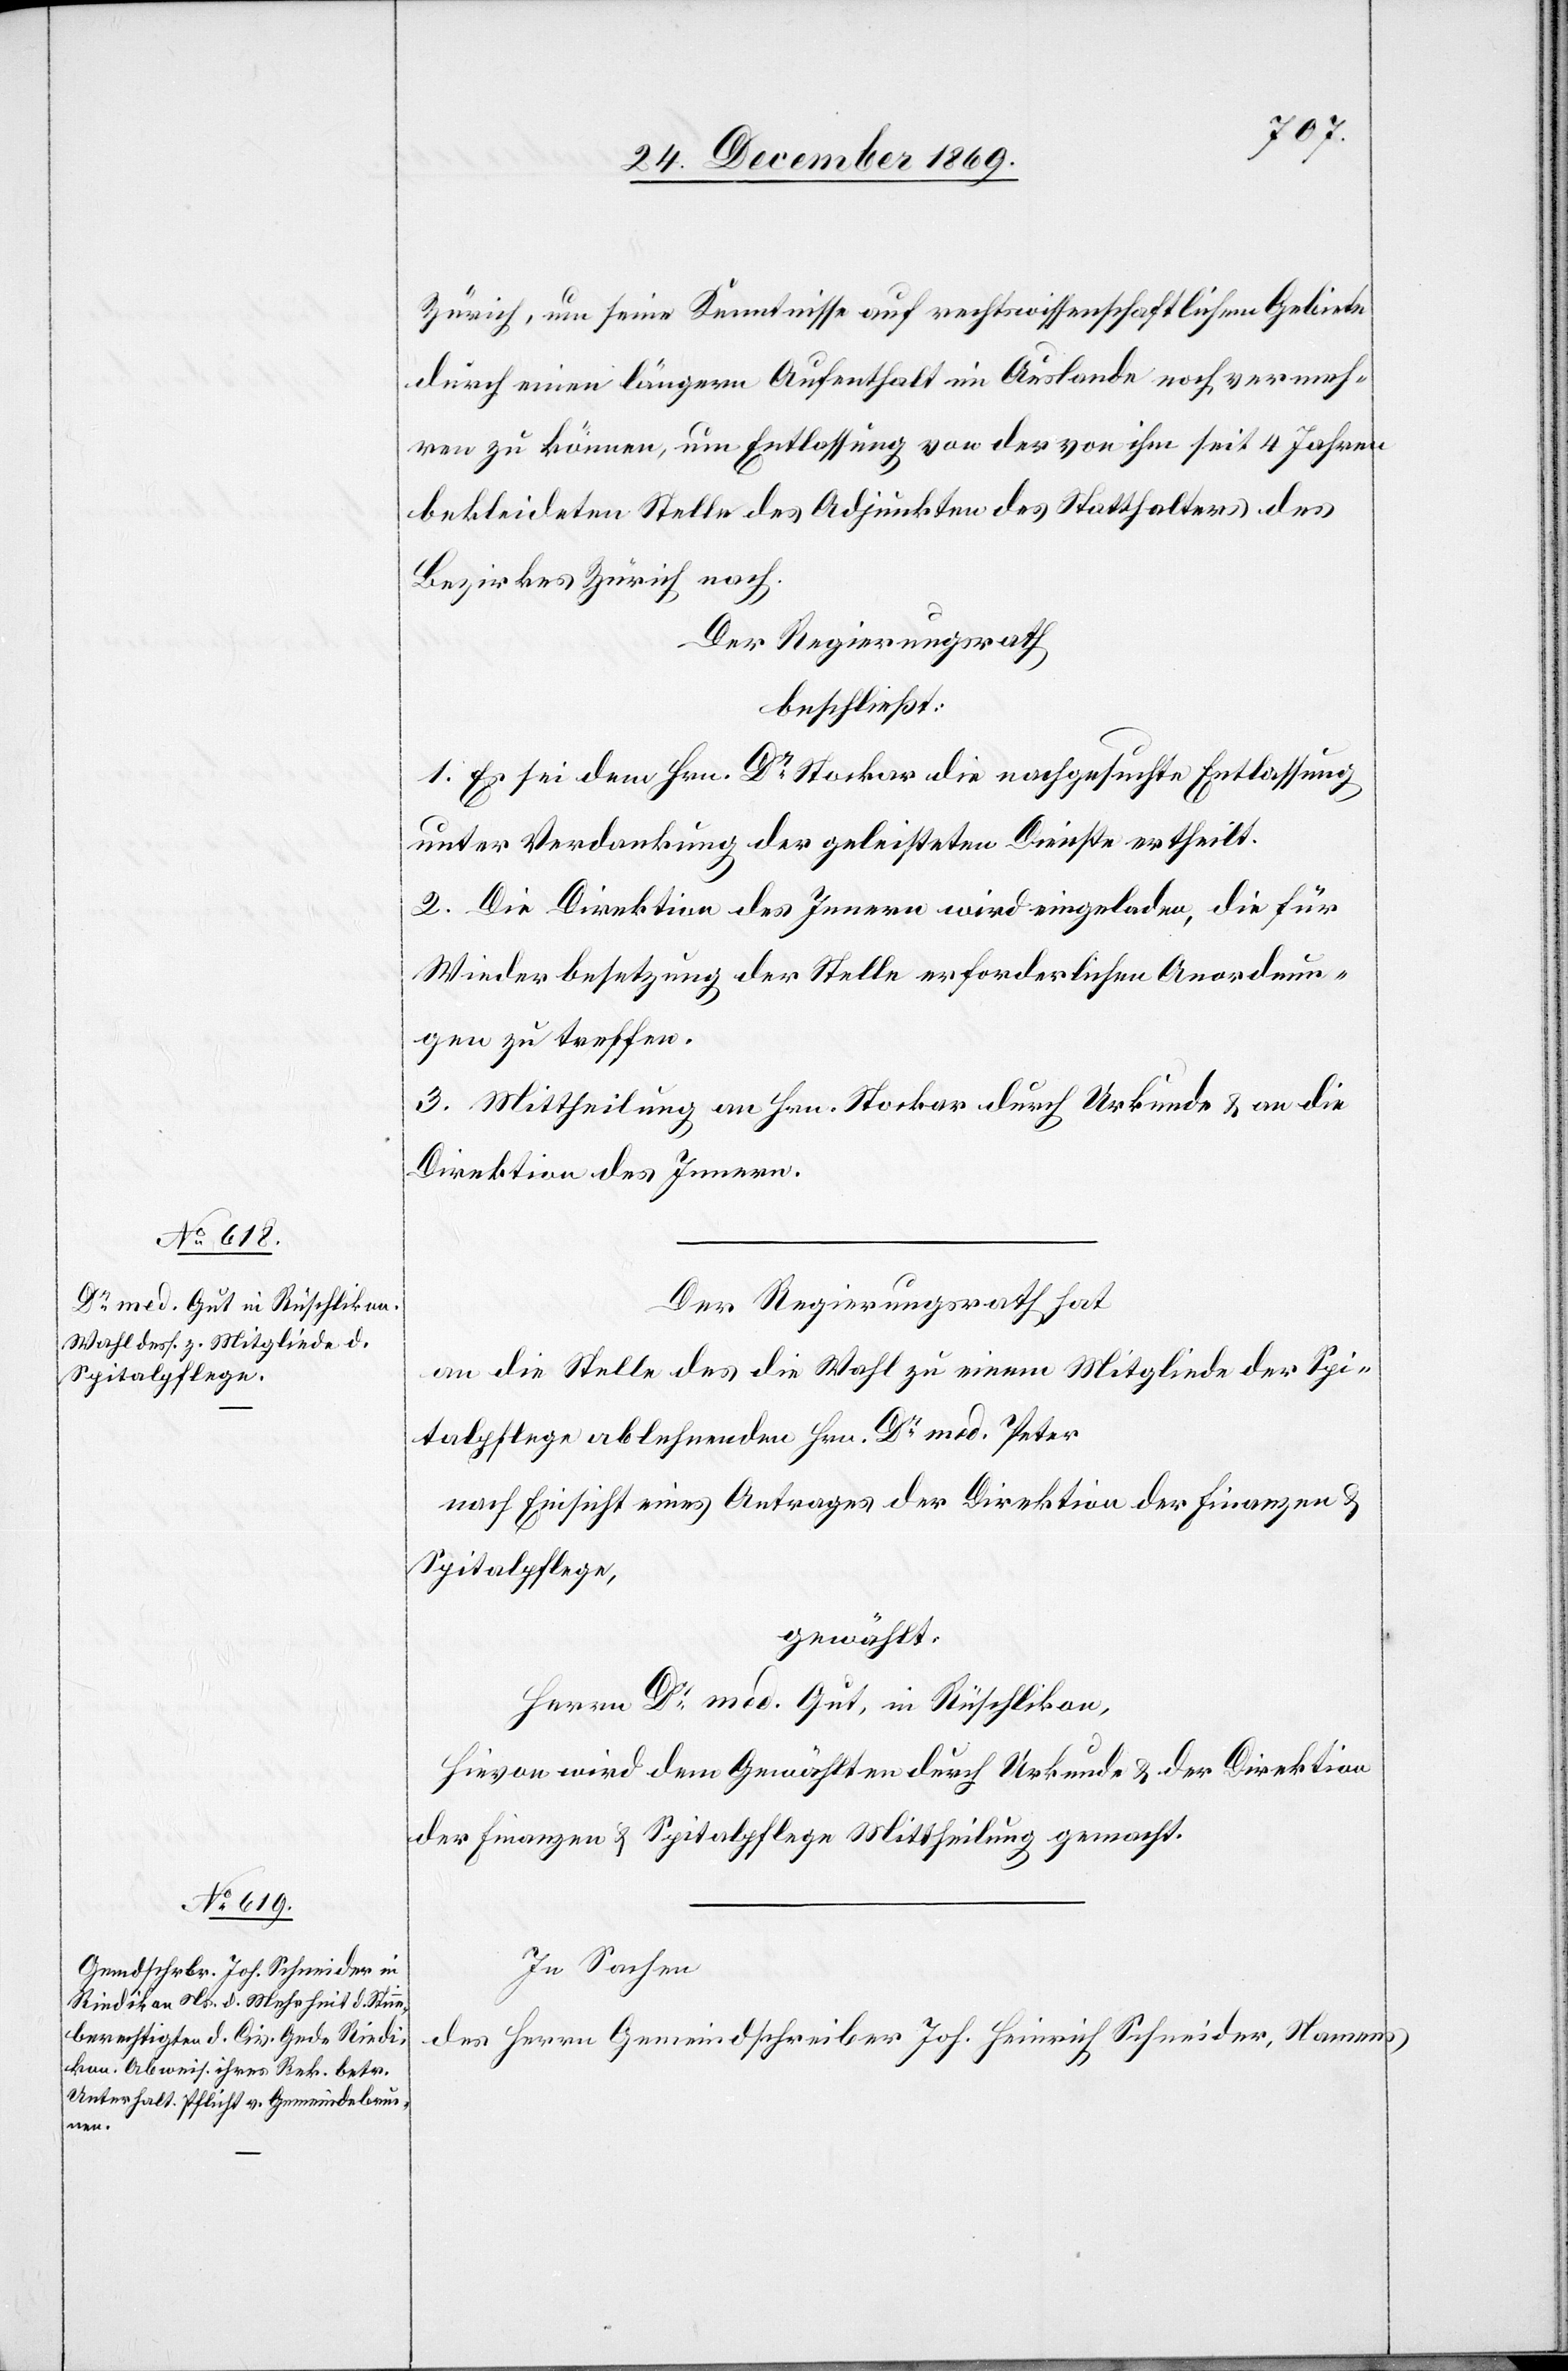
Zürich, um seine Kenntnisse auf rechtswissenschaftlichem Gebiete
durch einen längern Aufenthalt im Auslande noch vermeh¬
ren zu können, um Entlassung von der von ihm seit 4 Jahren
bekleideten Stelle des Adjunkten des Statthalters des
Bezirkes Zürich nach.
Der Regierungsrath
beschließt:
1. Es sei dem Hrn. Dr Stockar die nachgesuchte Entlassung
unter Verdankung der geleisteten Dienste ertheilt.
2. Die Direktion des Innern wird eingeladen, die für
Wiederbesetzung der Stelle erforderlichen Anordnun¬
gen zu treffen.
3. Mittheilung an Hrn. Stockar durch Urkunde & an die
Direktion des Innern.
Der Regierungsrath hat
an die Stelle des die Wahl zu einem Mitgliede der Spi¬
talpflege ablehnenden Hrn. Dr med. Peter
nach Einsicht eines Antrages der Direktion der Finanzen &
Spitalpflege,
gewählt:
Herrn Dr med. Gut, in Rüschlikon,
Hievon wird dem Gewählten durch Urkunde & der Direktion
der Finanzen & Spitalpflege Mittheilung gemacht.
In Sachen
des Herrn Gemeindschreiber Joh. Heinrich Schneider, Namens